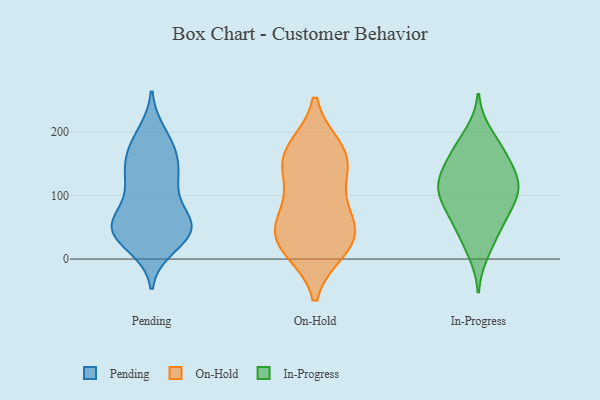
{"axis": {"x": "Website Visitors", "y": "Value"}, "legend": ["In-Progress", "On-Hold", "Pending"], "data": [{"x": "", "y": 109, "type": "Pending"}, {"x": "", "y": 56, "type": "Pending"}, {"x": "", "y": 126, "type": "Pending"}, {"x": "", "y": 144, "type": "Pending"}, {"x": "", "y": 61, "type": "Pending"}, {"x": "", "y": 41, "type": "Pending"}, {"x": "", "y": 196, "type": "Pending"}, {"x": "", "y": 36, "type": "Pending"}, {"x": "", "y": 50, "type": "Pending"}, {"x": "", "y": 52, "type": "Pending"}, {"x": "", "y": 54, "type": "Pending"}, {"x": "", "y": 164, "type": "Pending"}, {"x": "", "y": 140, "type": "Pending"}, {"x": "", "y": 115, "type": "Pending"}, {"x": "", "y": 174, "type": "Pending"}, {"x": "", "y": 53, "type": "Pending"}, {"x": "", "y": 184, "type": "Pending"}, {"x": "", "y": 21, "type": "Pending"}, {"x": "", "y": 42, "type": "Pending"}, {"x": "", "y": 27, "type": "On-Hold"}, {"x": "", "y": 134, "type": "On-Hold"}, {"x": "", "y": 141, "type": "On-Hold"}, {"x": "", "y": 164, "type": "On-Hold"}, {"x": "", "y": 49, "type": "On-Hold"}, {"x": "", "y": 42, "type": "On-Hold"}, {"x": "", "y": 18, "type": "On-Hold"}, {"x": "", "y": 168, "type": "On-Hold"}, {"x": "", "y": 174, "type": "On-Hold"}, {"x": "", "y": 81, "type": "On-Hold"}, {"x": "", "y": 67, "type": "On-Hold"}, {"x": "", "y": 15, "type": "On-Hold"}, {"x": "", "y": 118, "type": "In-Progress"}, {"x": "", "y": 112, "type": "In-Progress"}, {"x": "", "y": 107, "type": "In-Progress"}, {"x": "", "y": 135, "type": "In-Progress"}, {"x": "", "y": 83, "type": "In-Progress"}, {"x": "", "y": 10, "type": "In-Progress"}, {"x": "", "y": 174, "type": "In-Progress"}, {"x": "", "y": 118, "type": "In-Progress"}, {"x": "", "y": 36, "type": "In-Progress"}, {"x": "", "y": 198, "type": "In-Progress"}, {"x": "", "y": 67, "type": "In-Progress"}, {"x": "", "y": 105, "type": "In-Progress"}, {"x": "", "y": 79, "type": "In-Progress"}, {"x": "", "y": 143, "type": "In-Progress"}, {"x": "", "y": 174, "type": "In-Progress"}, {"x": "", "y": 157, "type": "In-Progress"}, {"x": "", "y": 49, "type": "In-Progress"}]}